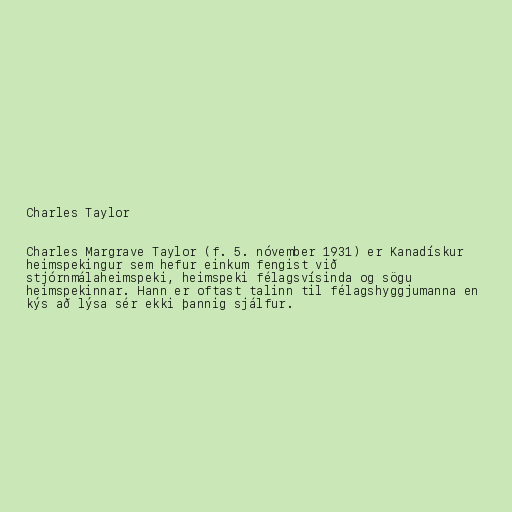
Charles Taylor

Charles Margrave Taylor (f. 5. nóvember 1931) er Kanadískur
heimspekingur sem hefur einkum fengist við
stjórnmálaheimspeki, heimspeki félagsvísinda og sögu
heimspekinnar. Hann er oftast talinn til félagshyggjumanna en
kýs að lýsa sér ekki þannig sjálfur.